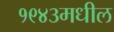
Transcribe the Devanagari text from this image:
१९४३मधील